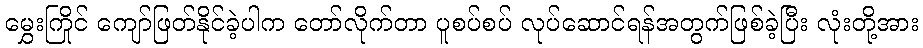
မွှေးကြိုင် ကျော်ဖြတ်နိုင်ခဲ့ပါက တော်လိုက်တာ ပူစပ်စပ် လုပ်ဆောင်ရန်အတွက်ဖြစ်ခဲ့ပြီး လုံးတို့အား